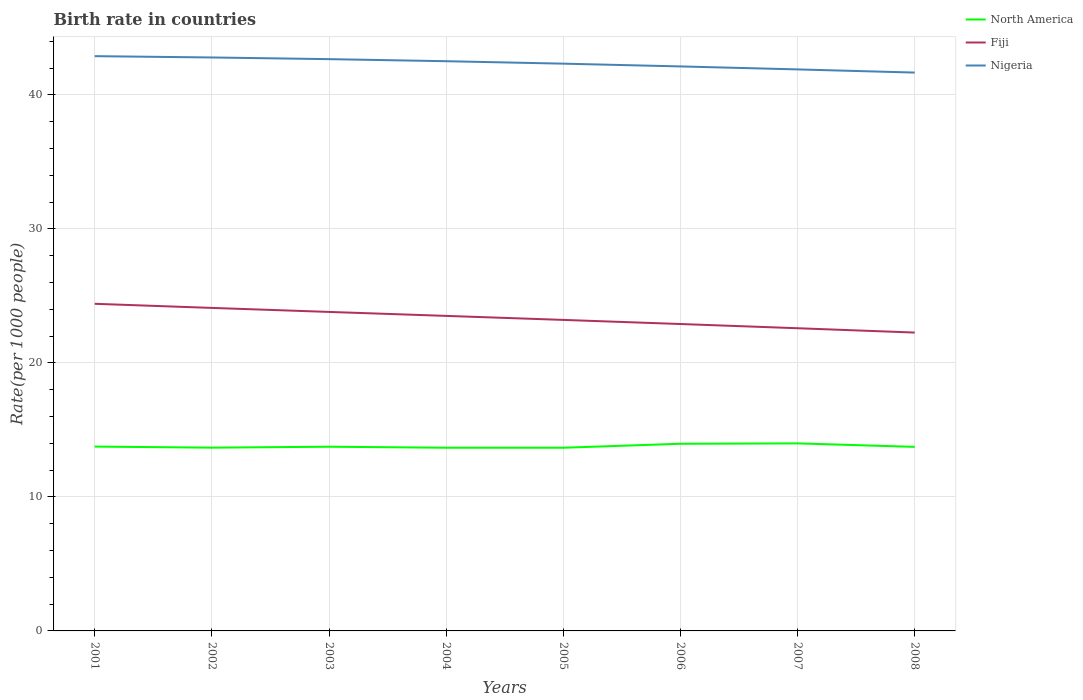
| Years | North America | Fiji | Nigeria |
 | --- | --- | --- | --- |
 | 2001 | 13.8 | 24.4 | 42.9 |
 | 2002 | 13.7 | 24.1 | 42.8 |
 | 2003 | 13.7 | 23.8 | 42.7 |
 | 2004 | 13.7 | 23.5 | 42.5 |
 | 2005 | 13.7 | 23.2 | 42.3 |
 | 2006 | 14 | 22.9 | 42.1 |
 | 2007 | 14 | 22.6 | 41.9 |
 | 2008 | 13.7 | 22.3 | 41.7 |